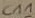
Text: C11